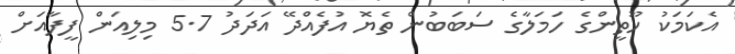
އެކަމަކު ހޫތީންގެ ހަމަލާގެ ސަބަބުން ތެޔޮ އުފެއްދޭ އަދަދު 5.7 މިލިއަން ފީފާއަށް